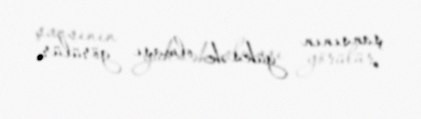
şansının yüksək olması görülür.